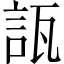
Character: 𧧀